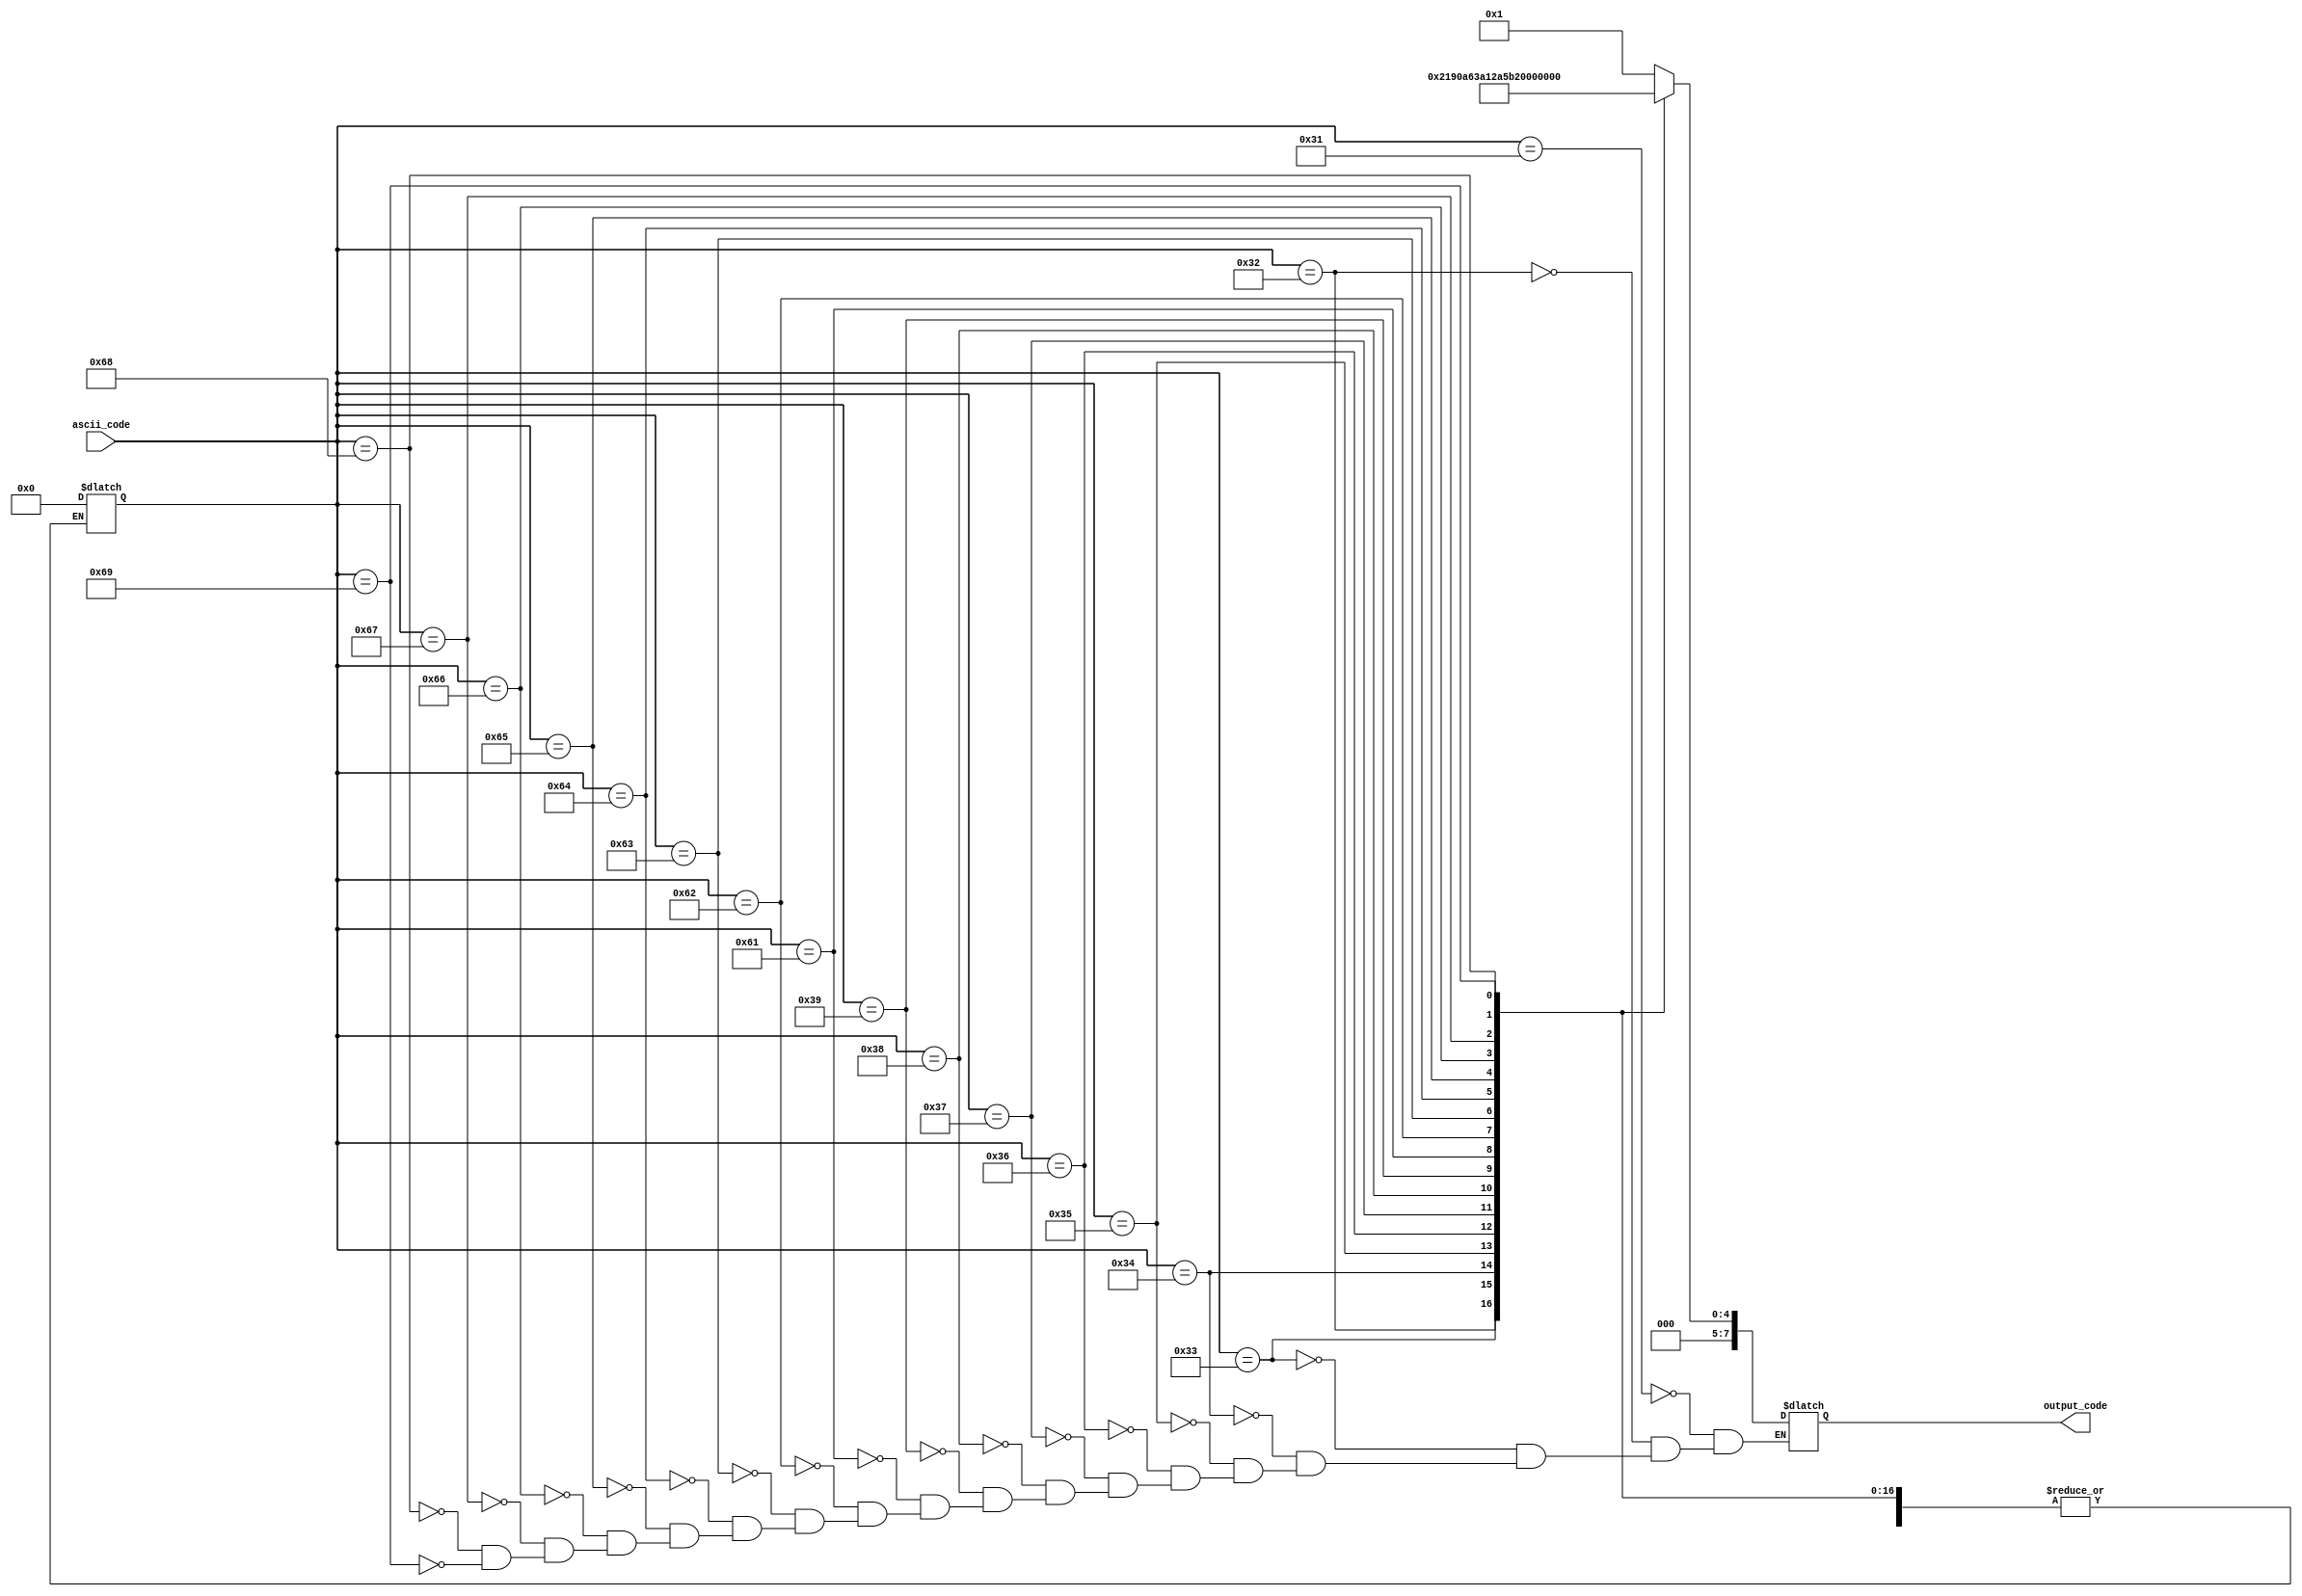
module decoder
	(
		input wire [7:0] ascii_code,
		output reg [7:0] output_code
	);
	
always @*
	begin
	case(ascii_code)
		8'h31: output_code = 8'd1;   // 1
		8'h32: output_code = 8'd2;   // 2
		8'h33: output_code = 8'd3;   // 3
		8'h34: output_code = 8'd4;   // 4
		8'h35: output_code = 8'd5;   // 5
		8'h36: output_code = 8'd6;   // 6
		8'h37: output_code = 8'd7;   // 7
		8'h38: output_code = 8'd8;   // 8
		8'h39: output_code = 8'd9;   // 9
		8'h61: output_code = 8'd10;  // a
		8'h62: output_code = 8'd11;  // b
		8'h63: output_code = 8'd12;  // c
		8'h64: output_code = 8'd13;  // d
		8'h65: output_code = 8'd14;  // e
		8'h66: output_code = 8'd15;  // f
		8'h67: output_code = 8'd16;  // g
		8'h68: output_code = 8'd17;  // h
		8'h69: output_code = 8'd18;  // i
		
		default: ascii_code = 8'd0; // *
	endcase

	end
endmodule